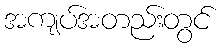
အကျပ်အတည်းတွင်